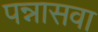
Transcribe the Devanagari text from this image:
पन्नासवा